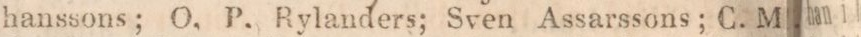
hanssons; O. P. Rylanders; Sven Assarssons; C. M.